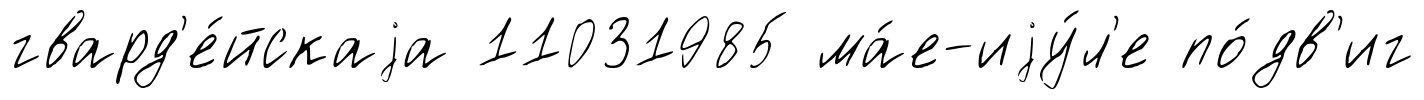
гвард'е́йскаjа 11031985 ма́е-иjу́л'е по́дв'иг